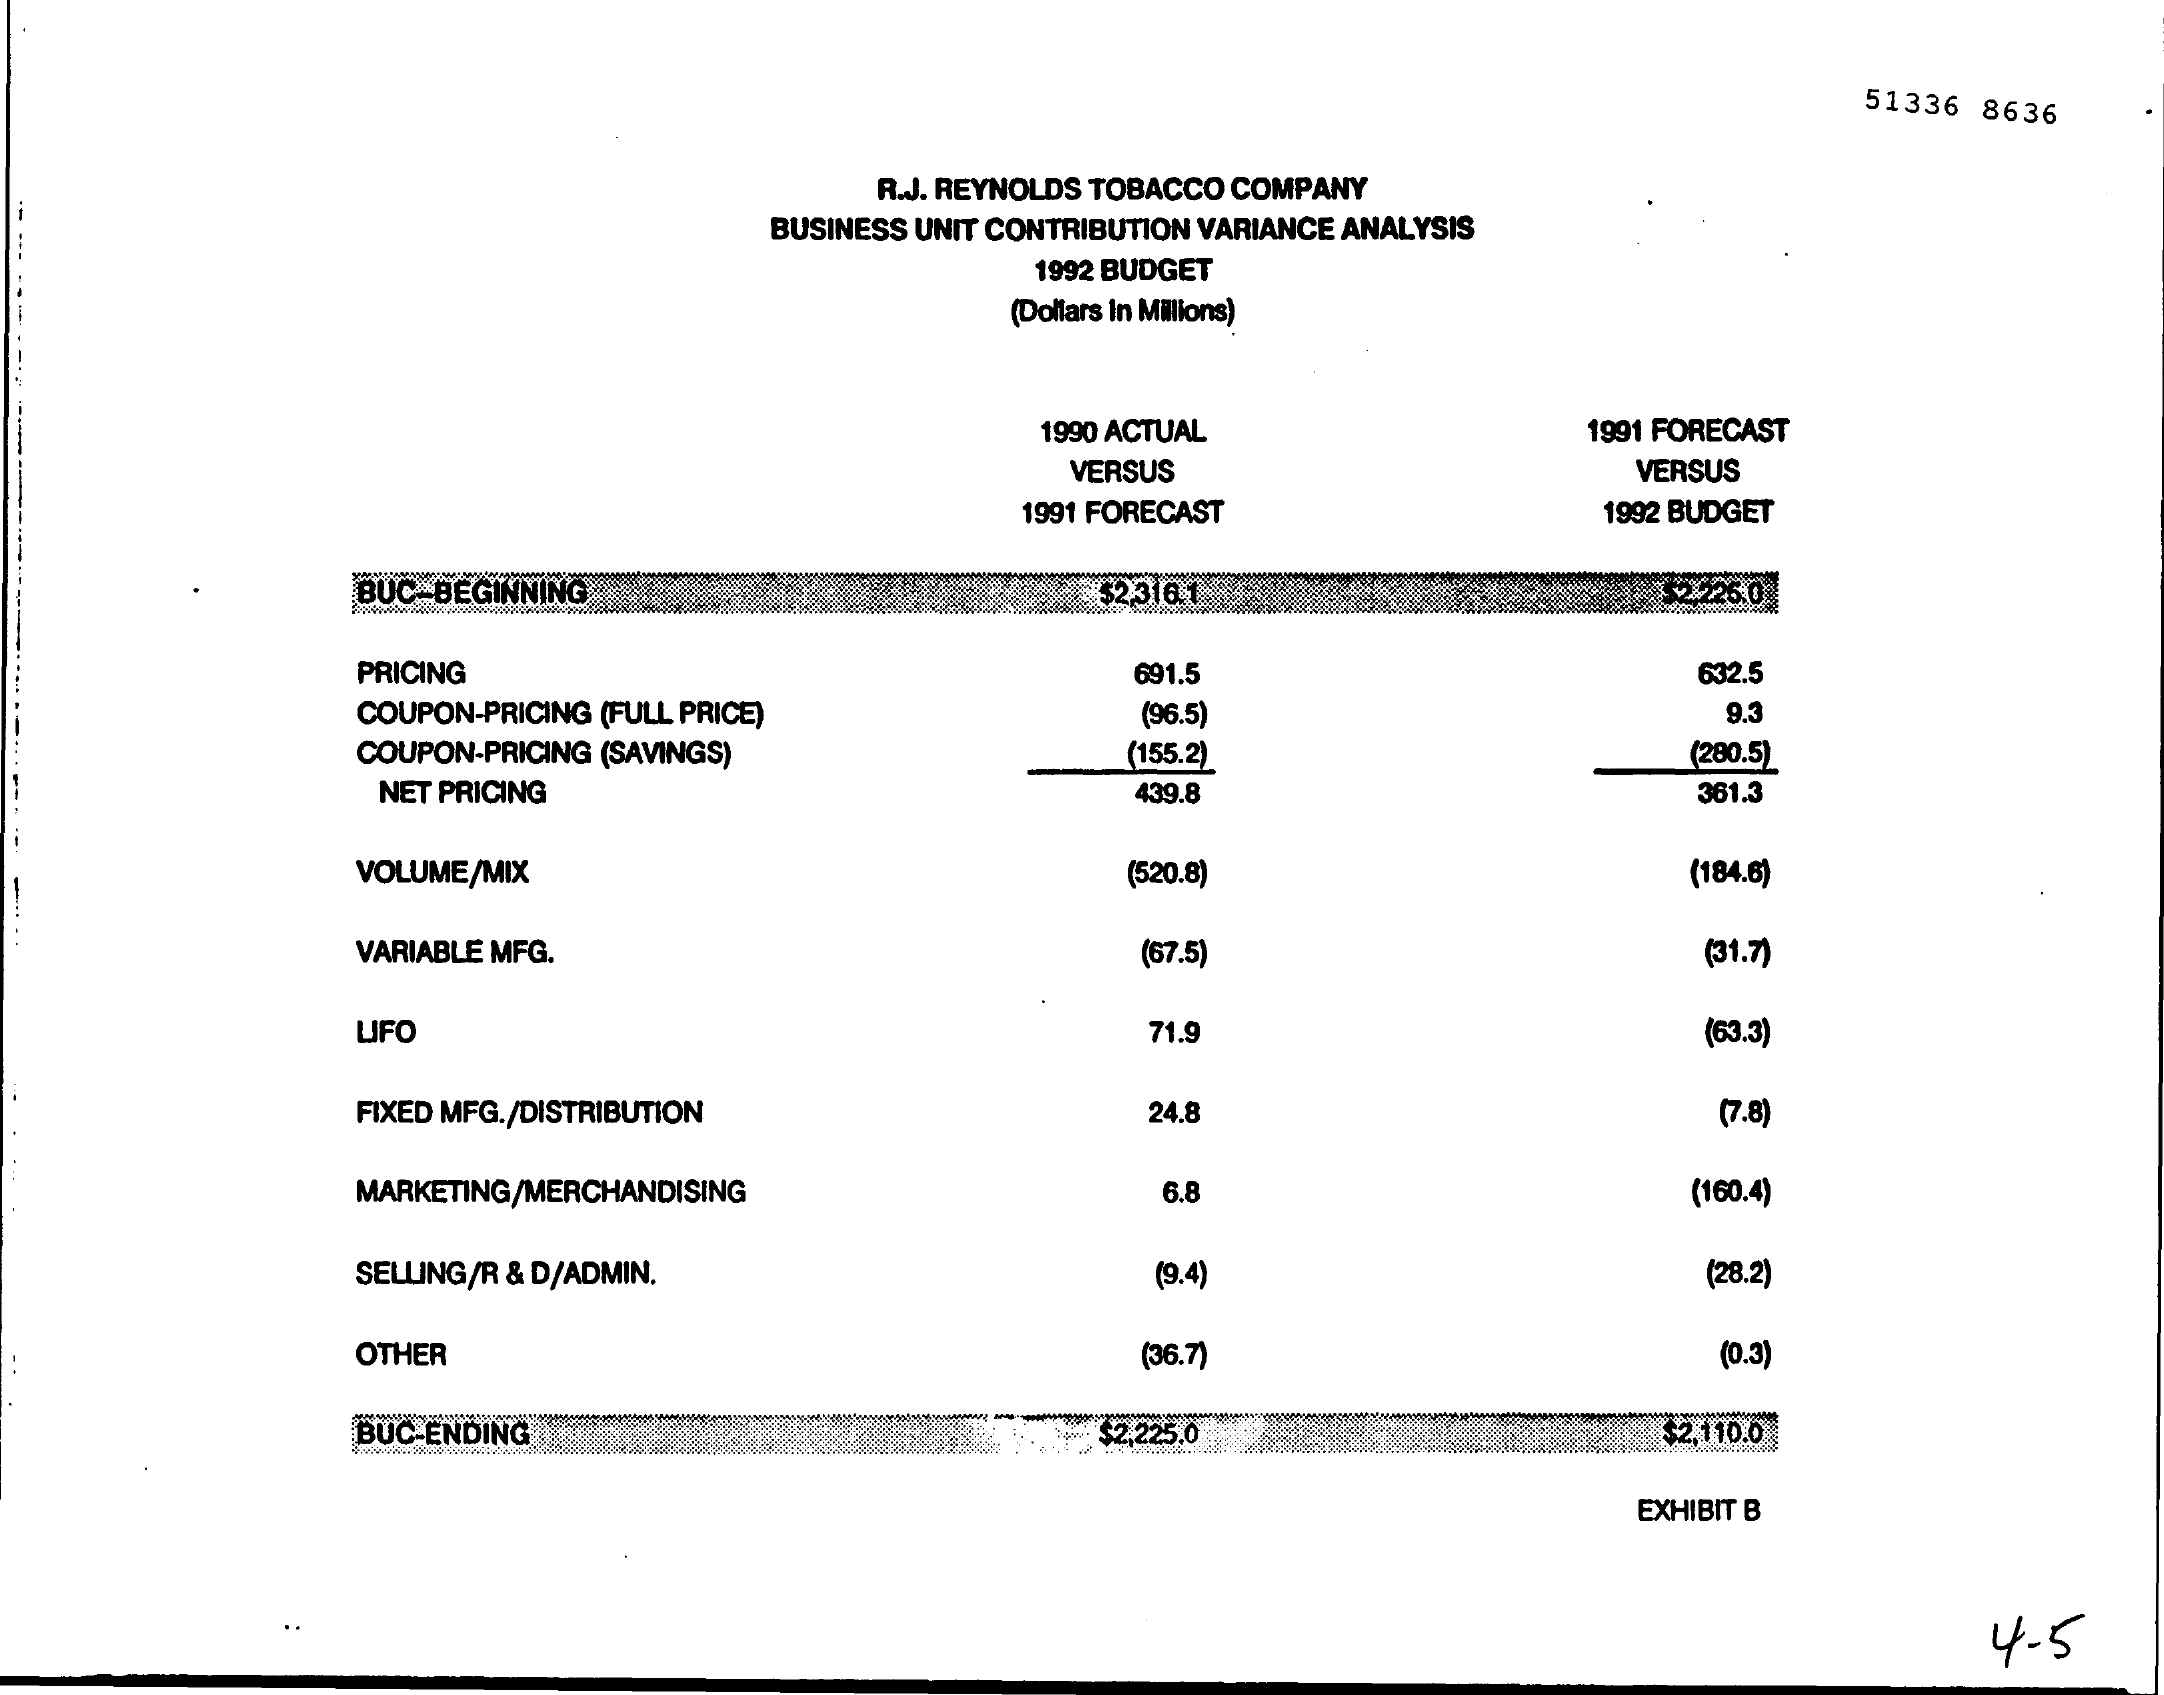
51336  8636
     R.J. REYNOLDS TOBACCO COMPANY
     BUSINESS UNIT CONTRIBUTION VARIANCE ANALYSIS
     1992 BUDGET
     (Dollars In Millions)
     1990 ACTUAL    1991 FORECAST
     VERSUS    VERSUS
     1991 FORECAST    1992 BUDGET
     BUC-BEGINNING    52.316.1    52-25.0
     PRICING    691.5    632.5
     COUPON-PRICING (FULL PRICE)    (96.5)    9.3
     COUPON-PRICING (SAVINGS)    (155.2)    (280.5)
     NET PRICING    439.8    361.3
     VOLUME/MIX    (520.8)    (184.6)
  -.
     VARIABLE MFG.    (67.5)    (31.7)
     LIFO    71.9    (63.3)
     FIXED MFG./DISTRIBUTION    24.8    (7.8)
     MARKETING/MERCHANDISING    6.8    (160.4)
     SELLING/R & D/ADMIN.    (9.4)    (28.2)
     OTHER    (36.7)    (0.3)
     BUC-ENDING    $2,225.0    $2,110.0
     EXHIBIT B
     4-5